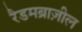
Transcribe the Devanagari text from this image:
रैडमब्राज़ील